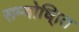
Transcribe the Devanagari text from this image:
सम्बोधि्ात